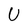
Character: U